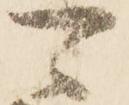
可